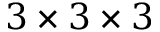
3 \times 3 \times 3